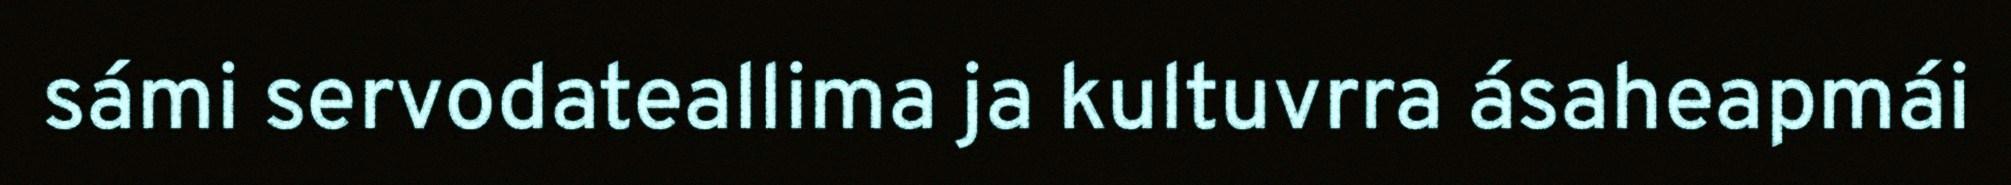
sámi servodateallima ja kultuvrra ásaheapmái